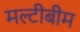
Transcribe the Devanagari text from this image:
मल्टीबीम